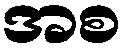
အစ